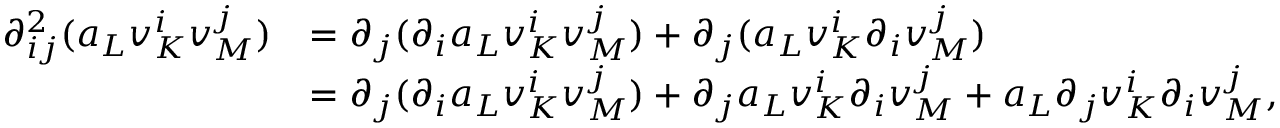
\begin{array} { r l } { \partial _ { i j } ^ { 2 } ( a _ { L } v _ { K } ^ { i } v _ { M } ^ { j } ) } & { = \partial _ { j } ( \partial _ { i } a _ { L } v _ { K } ^ { i } v _ { M } ^ { j } ) + \partial _ { j } ( a _ { L } v _ { K } ^ { i } \partial _ { i } v _ { M } ^ { j } ) } \\ & { = \partial _ { j } ( \partial _ { i } a _ { L } v _ { K } ^ { i } v _ { M } ^ { j } ) + \partial _ { j } a _ { L } v _ { K } ^ { i } \partial _ { i } v _ { M } ^ { j } + a _ { L } \partial _ { j } v _ { K } ^ { i } \partial _ { i } v _ { M } ^ { j } , } \end{array}